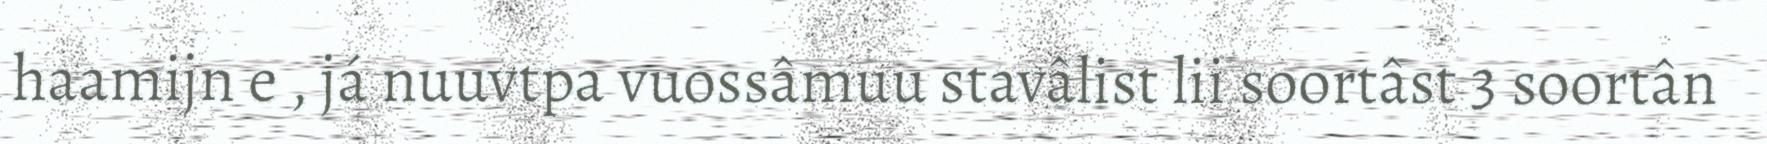
haamijn e , já nuuvtpa vuossâmuu stavâlist lii soortâst 3 soortân